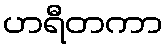
ဟရီတကာ